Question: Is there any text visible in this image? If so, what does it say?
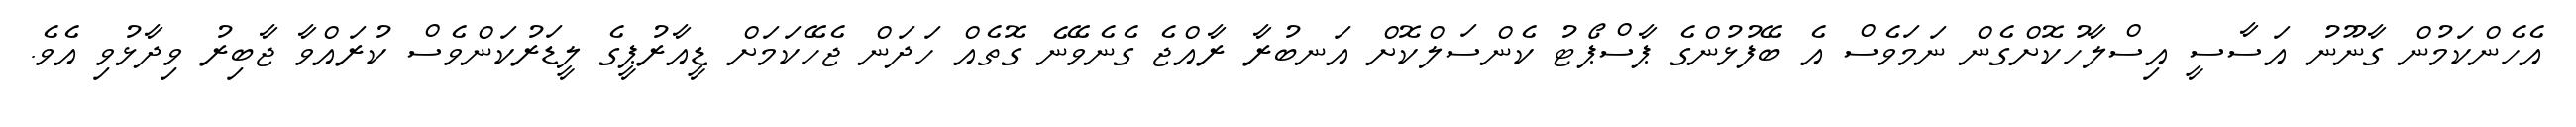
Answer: އެހެންކަމުން ގާނޫނު އަސާސީ އިސްލާހުކޮށްގެން ނަމަވެސް އެ ބޭފުޅުންގެ ޕާސްޕޯޓު ކެންސަލްކޮށް އަނބުރާ ރާއްޖެ ގެނެވޭނެ ގޮތެއް ހަދަން ޖެހޭކަމަށް ޑީއާރުޕީގެ ލީޑަރުކަންވެސް ކުރައްވާ ޖާބިރު ވިދާޅުވި އެވެ.